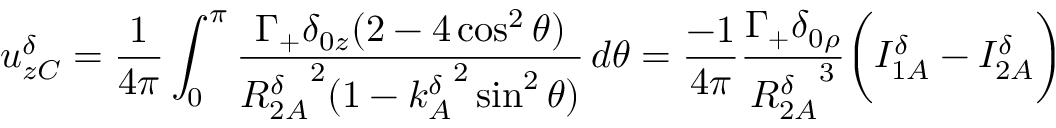
u _ { z C } ^ { \delta } = \frac { 1 } { 4 \pi } \int _ { 0 } ^ { \pi } \frac { \Gamma _ { + } \delta _ { 0 z } ( 2 - 4 \cos ^ { 2 } \theta ) } { { R _ { 2 A } ^ { \delta } } ^ { 2 } ( 1 - { k _ { A } ^ { \delta } } ^ { 2 } \sin ^ { 2 } \theta ) } \, d \theta = \frac { - 1 } { 4 \pi } \frac { \Gamma _ { + } \delta _ { 0 \rho } } { { R _ { 2 A } ^ { \delta } } ^ { 3 } } \bigg ( I _ { 1 A } ^ { \delta } - I _ { 2 A } ^ { \delta } \bigg )